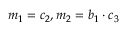
m _ { 1 } = c _ { 2 } , m _ { 2 } = b _ { 1 } \cdot c _ { 3 }